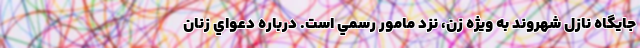
جايگاه نازل شهروند به ويژه زن، نزد مامور رسمي است. درباره دعواي زنان